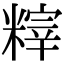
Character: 𥻮